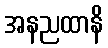
အနညထာနိ